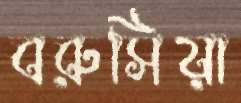
বরুসিয়া